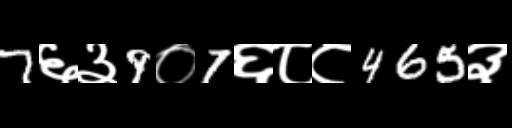
Text: 7६३9०7६८८465३